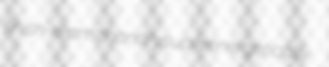
finish-ream chandry superenergetically